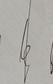
Signature authenticity: genuine